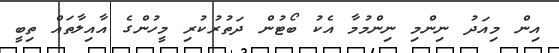
އިން މިއަދު ނިންމި ނިންމުމާ އެކު ބޯޓުން ދަތުުރުކުރި މީހުންގެ އާއިލާތައް ތިބީ